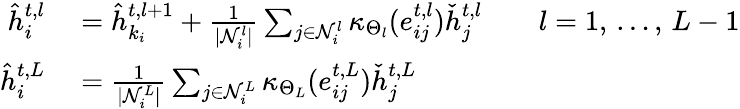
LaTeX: \begin{array}{rl}{\hat{h}_{i}^{t,l}}&{{}=\hat{h}_{k_{i}}^{t,l+1}+\frac{1}{|\mathcal{N}_{i}^{l}|}\sum_{j\in\mathcal{N}_{i}^{l}}\kappa_{\Theta_{l}}(e_{ij}^{t,l})\check{h}_{j}^{t,l}\qquad l=1,\, \dots,\, L-1}\\ {\hat{h}_{i}^{t,L}}&{{}=\frac{1}{|\mathcal{N}_{i}^{L}|}\sum_{j\in\mathcal{N}_{i}^{L}}\kappa_{\Theta_{L}}(e_{ij}^{t,L})\check{h}_{j}^{t,L}}\end{array}